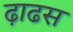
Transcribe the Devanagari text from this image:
ढ़ाढस